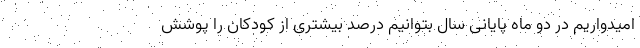
امیدواریم در دو ماه پایانی سال بتوانیم درصد بیشتری از کودکان را پوشش